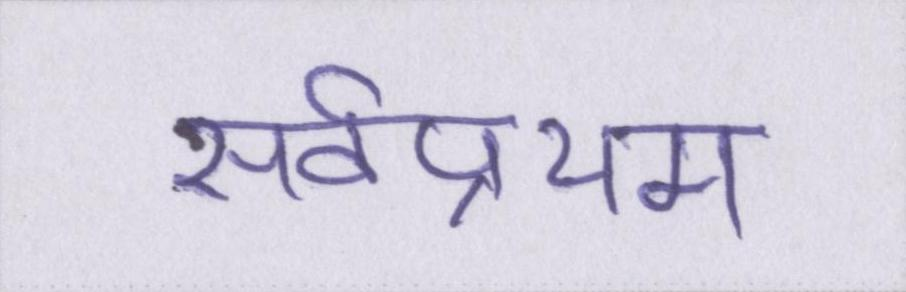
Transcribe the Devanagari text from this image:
सर्वप्रथम